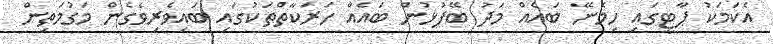
އެކަމަކު ޕާޓީގައި ހިމެނޭ ބައެއް މަދު ބޭފުޅުން ބައެއް ހަރަކާތްތަކުގައި ބައިވެރިވެގެން މަގުމަތިން